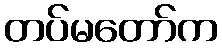
တပ်မတော်က